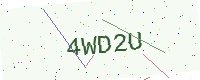
Text: 4WD2U